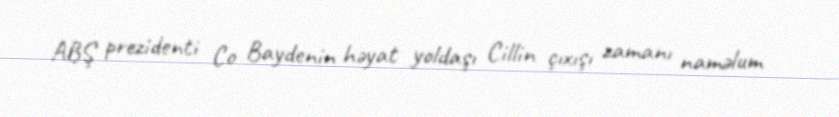
ABŞ prezidenti Co Baydenin həyat yoldaşı Cillin çıxışı zamanı naməlum